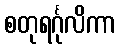
စတုရင်္ဂုလိကာ